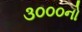
૩૦૦૦નો